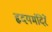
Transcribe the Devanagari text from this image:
हृदयमंदिरें